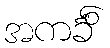
အကင်္ခိံ